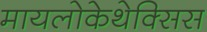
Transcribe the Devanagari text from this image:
मायलोकेथेक्सिस